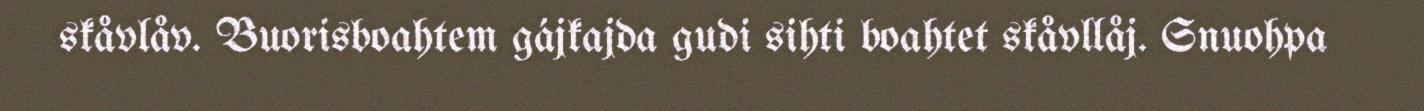
skåvlåv. Buorisboahtem gájkajda gudi sihti boahtet skåvllåj. Snuohpa